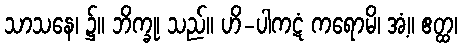
သာသနေ၊ ၌။ ဘိက္ခု၊ သည်။ ဟိ-ပါကဋံ ကရောမိ၊ အံ့။ ဧတ္ထ၊